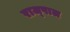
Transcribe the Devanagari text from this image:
राज्पाल